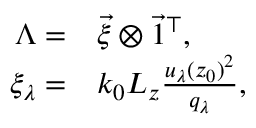
\begin{array} { r l } { \Lambda = } & { { } \vec { \xi } \otimes \vec { 1 } ^ { \top } , } \\ { \xi _ { \lambda } = } & { { } k _ { 0 } L _ { z } \frac { u _ { \lambda } ( z _ { 0 } ) ^ { 2 } } { q _ { \lambda } } , } \end{array}